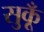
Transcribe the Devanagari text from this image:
सुकूँ